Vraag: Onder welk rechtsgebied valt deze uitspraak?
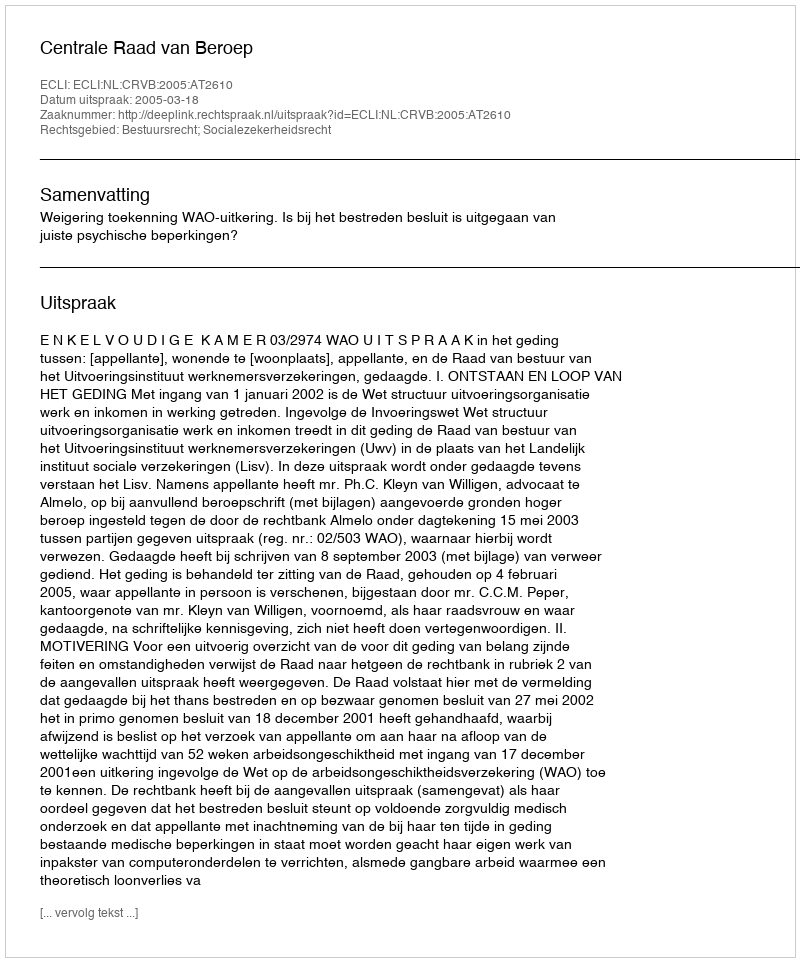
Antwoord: Bestuursrecht; Socialezekerheidsrecht